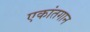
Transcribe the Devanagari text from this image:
एकांतगान